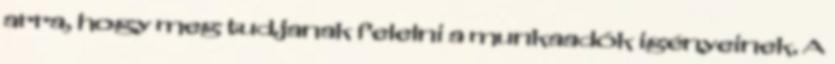
arra, hogy meg tudjanak felelni a munkaadók igényeinek. A